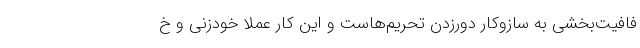
فافیت‌بخشی به سازوکار دورزدن تحریم‌هاست و این کار عملا خودزنی و خ